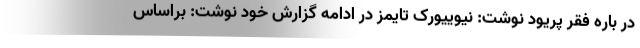
در باره فقر پریود نوشت: نیوییورک تایمز در ادامه گزارش خود نوشت: براساس